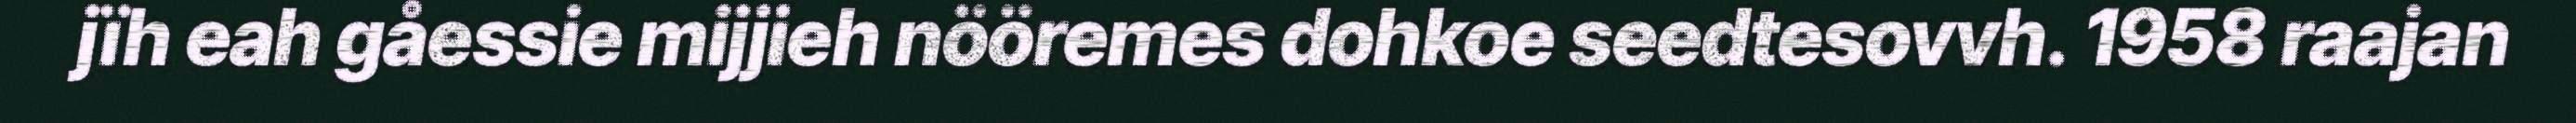
jïh eah gåessie mijjieh nööremes dohkoe seedtesovvh. 1958 raajan